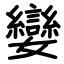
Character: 孌